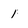
Character: 1